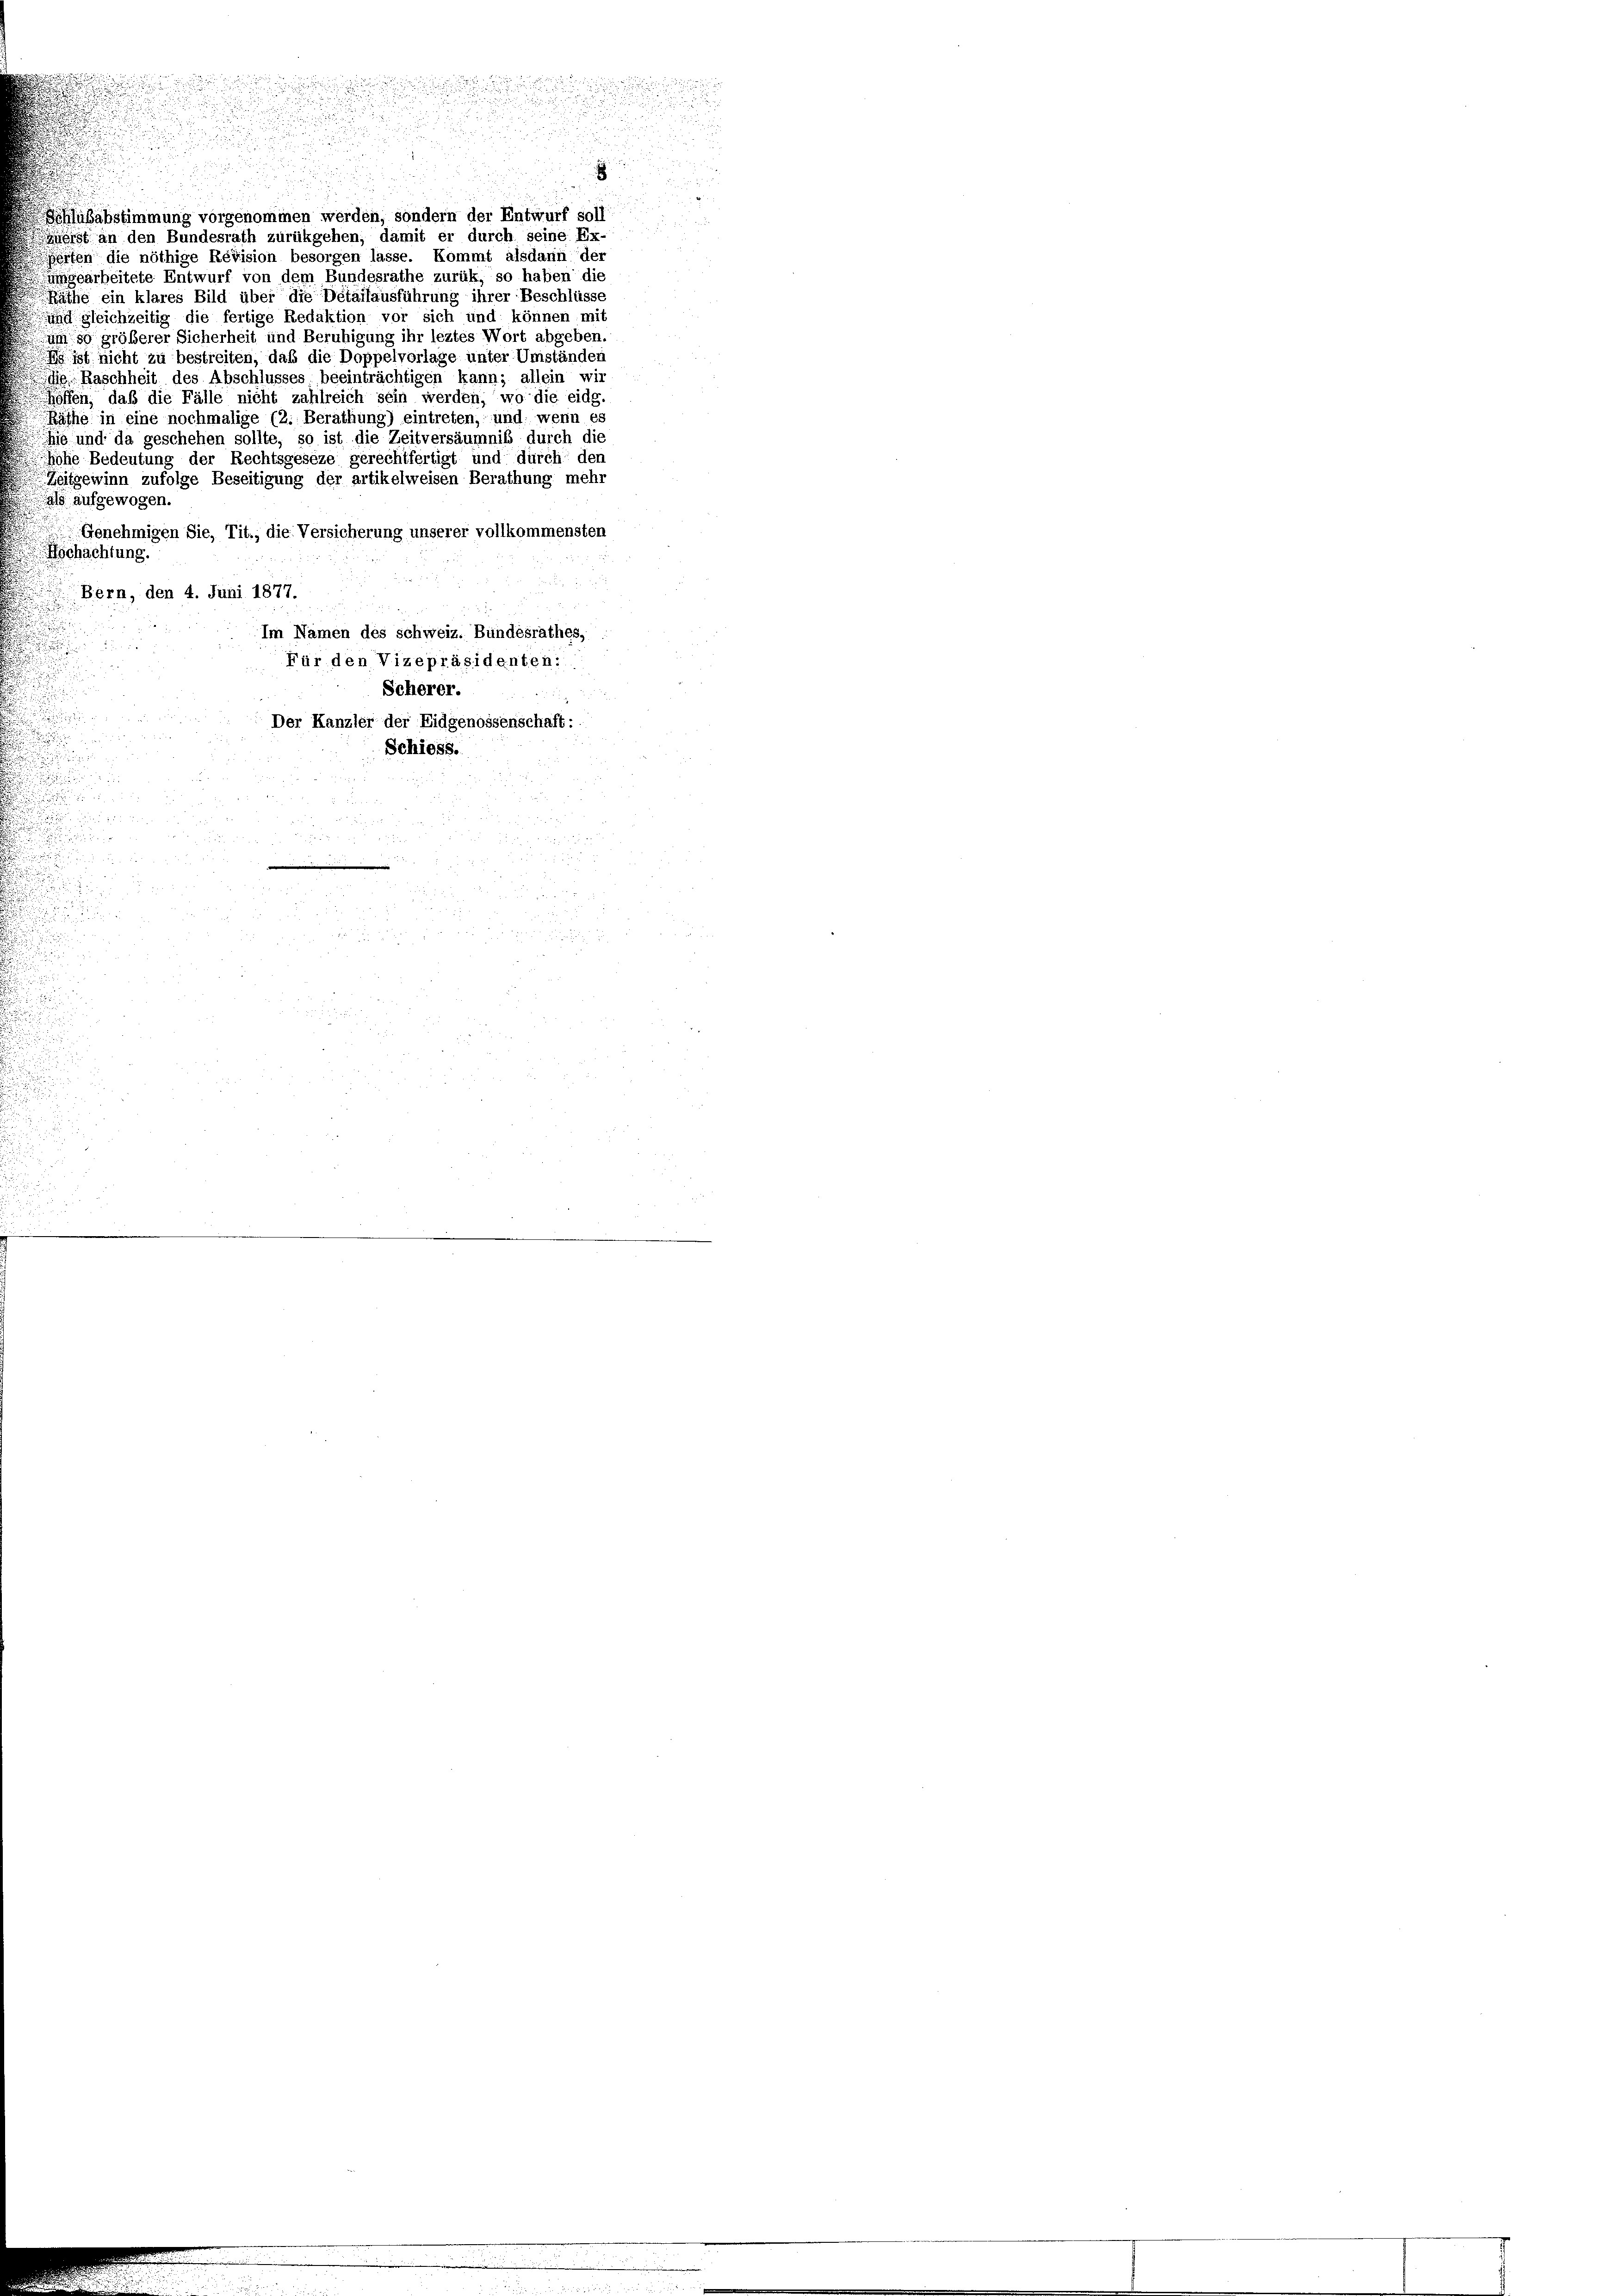
Zählubabstimmung vorgenommen werden, sondern der Entwurf soll
erst an den Bundesrath zurükgehen, damit er durch seine Ex-
erten die nöthige Revision besorgen lasse. Kommt alsdann der
umgearbeitete Entwurf von dem Bundesrathe zurück, so haben die
Räthe ein klares Bild über die Detailausführung ihrer Beschlüsse
und gleichzeitig die fertige Redaktion vor sich und können mit
um so größerer Sicherheit und Beruhigung ihr leztes Wort abgeben.
i nicht zu bestreiten, daß die Doppelvorlage unter Umständen
die Baschheit des Abschlusses beeinträchtigen kann; allein wir
Heffen, daß die Fälle nicht zahlreich sein werden, wo die eidg.
Räthe in eine nochmalige (2. Berathung) eintreten, und wenn es
hie und da geschehen sollte, so ist die Zeitversäumnis durch die
hohe Bedeutung der Rechtsgeseze gerechtfertigt und durch den
Zeitgewinn zufolge Beseitigung der artikelweisen Berathung mehr
als aufgewogen.
Genehmigen Sie, Tit., die Versicherung unserer vollkommensten
Bochachtung.
Bern, den 4. Juni 1877.
Im Namen des schweiz. Bundesrathes,
Für den Vizepräsidenten:
Scherer.
Der Kanzler der Eidgenossenschaft:
Schiess.
d

e

1

r